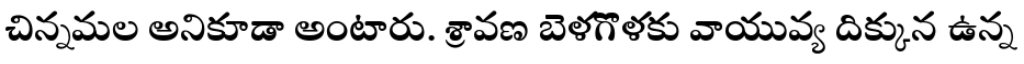
చిన్నమల అనికూడా అంటారు. శ్రావణ బెళగొళకు వాయువ్య దిక్కున ఉన్న